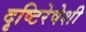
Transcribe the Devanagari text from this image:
दृष्टिरेषेशी